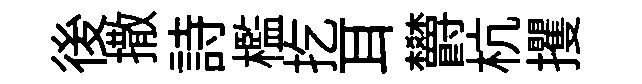
後撒詩檻扢耳欝杭攫